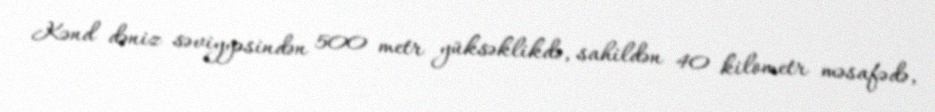
Kənd dəniz səviyyəsindən 500 metr yüksəklikdə, sahildən 40 kilometr məsafədə,